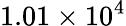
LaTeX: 1.01\times 10^{4}